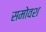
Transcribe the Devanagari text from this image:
समोवश